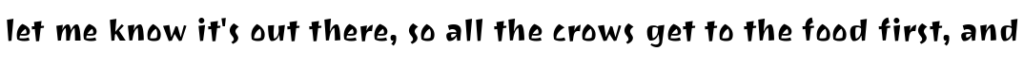
let me know it's out there, so all the crows get to the food first, and